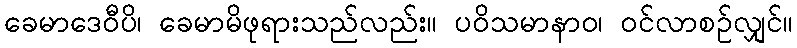
ခေမာဒေဝီပိ၊ ခေမာမိဖုရားသည်လည်း။ ပဝိသမာနာဝ၊ ဝင်လာစဉ်လျှင်။